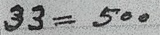
33 = 500